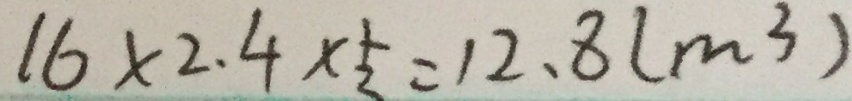
1 6 \times 2 . 4 \times \frac { 1 } { 2 } = 1 2 . 8 ( m ^ { 3 } )